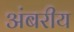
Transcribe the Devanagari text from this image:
अंबरीय